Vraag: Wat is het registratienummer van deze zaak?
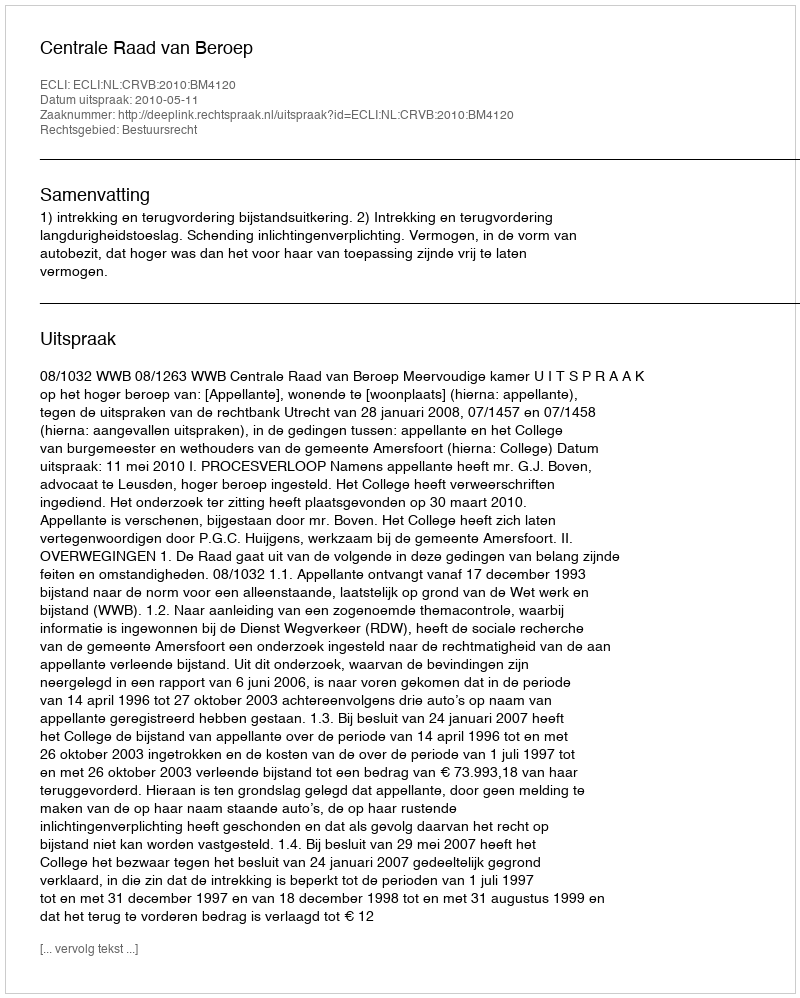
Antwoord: http://deeplink.rechtspraak.nl/uitspraak?id=ECLI:NL:CRVB:2010:BM4120